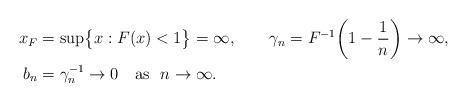
LaTeX: \begin{align*}x_{F} &= \sup\bigl\{ x: F(x) <1\bigr\} = \infty, \qquad\gamma_n = F^{-1}\biggl(1-\frac{1}{n}\biggr)\to\infty, \\b_n &= \gamma_n^{-1}\to 0 \quad\mbox{as }\ n\to\infty.\end{align*}